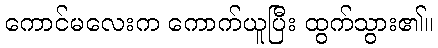
ကောင်မလေးက ကောက်ယူပြီး ထွက်သွား၏။